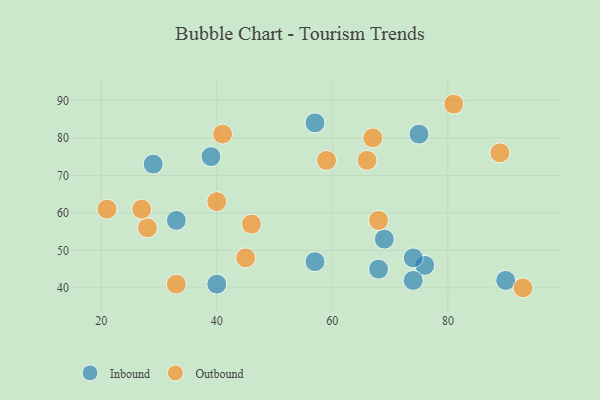
{"axis": {"x": "GDP", "y": "Life Expectancy"}, "legend": ["Inbound", "Outbound"], "data": [{"x": "90", "y": 42, "type": "Inbound"}, {"x": "29", "y": 73, "type": "Inbound"}, {"x": "39", "y": 75, "type": "Inbound"}, {"x": "76", "y": 46, "type": "Inbound"}, {"x": "40", "y": 41, "type": "Inbound"}, {"x": "74", "y": 42, "type": "Inbound"}, {"x": "69", "y": 53, "type": "Inbound"}, {"x": "33", "y": 58, "type": "Inbound"}, {"x": "75", "y": 81, "type": "Inbound"}, {"x": "57", "y": 84, "type": "Inbound"}, {"x": "68", "y": 45, "type": "Inbound"}, {"x": "74", "y": 48, "type": "Inbound"}, {"x": "57", "y": 47, "type": "Inbound"}, {"x": "67", "y": 80, "type": "Outbound"}, {"x": "89", "y": 76, "type": "Outbound"}, {"x": "66", "y": 74, "type": "Outbound"}, {"x": "68", "y": 58, "type": "Outbound"}, {"x": "21", "y": 61, "type": "Outbound"}, {"x": "93", "y": 40, "type": "Outbound"}, {"x": "81", "y": 89, "type": "Outbound"}, {"x": "28", "y": 56, "type": "Outbound"}, {"x": "40", "y": 63, "type": "Outbound"}, {"x": "27", "y": 61, "type": "Outbound"}, {"x": "46", "y": 57, "type": "Outbound"}, {"x": "33", "y": 41, "type": "Outbound"}, {"x": "45", "y": 48, "type": "Outbound"}, {"x": "59", "y": 74, "type": "Outbound"}, {"x": "41", "y": 81, "type": "Outbound"}]}